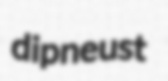
dipneust